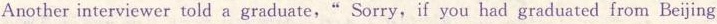
Another interviewer told a graduate," Sorry, if you had graduated from Beijing